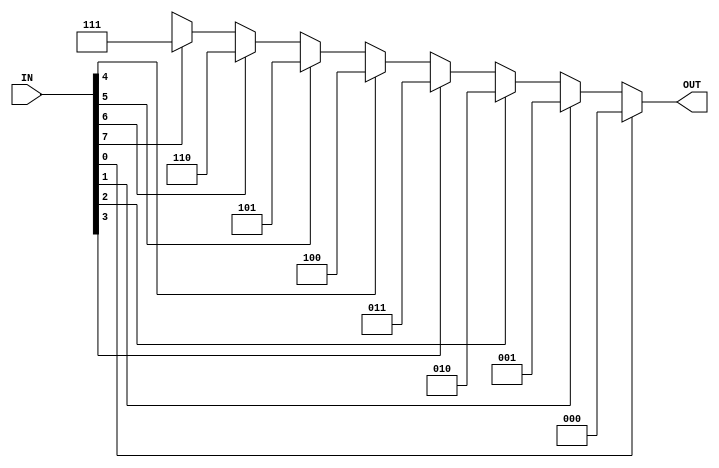
module PRIORITY_ENCODER_8x3(OUT, IN);

    output [2 : 0] OUT;
    input [7 : 0] IN;
    // We simply check the position of the least significant 1 in the input and correspondingly assign the output.
    assign OUT = (IN[0] == 1'b1) ? 3'b000 : 
        (IN[1] == 1'b1) ? 3'b001 : 
        (IN[2] == 1'b1) ? 3'b010 : 
        (IN[3] == 1'b1) ? 3'b011 : 
        (IN[4] == 1'b1) ? 3'b100 : 
        (IN[5] == 1'b1) ? 3'b101 : 
        (IN[6] == 1'b1) ? 3'b110 : 
        (IN[7] == 1'b1) ? 3'b111 : 3'bxxx;

endmodule